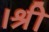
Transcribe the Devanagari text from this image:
।श्री